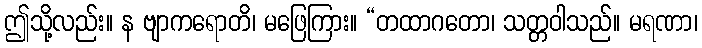
ဤသို့လည်း။ န ဗျာကရောတိ၊ မဖြေကြား။ “တထာဂတော၊ သတ္တဝါသည်။ မရဏာ၊